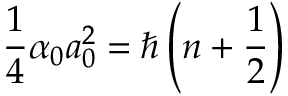
\frac { 1 } { 4 } \alpha _ { 0 } a _ { 0 } ^ { 2 } = \hbar \left( n + \frac { 1 } { 2 } \right)